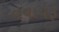
તવાયફ